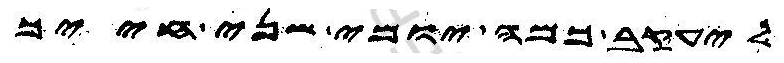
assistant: ליעקב כמה יומי שני חייך